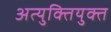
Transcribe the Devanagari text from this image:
अत्युक्तियुक्त